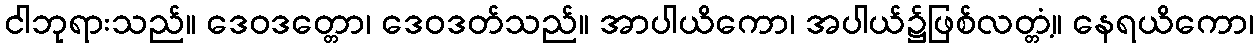
ငါဘုရားသည်။ ဒေဝဒတ္တော၊ ဒေဝဒတ်သည်။ အာပါယိကော၊ အပါယ်၌ဖြစ်လတ္တံ့။ နေရယိကော၊